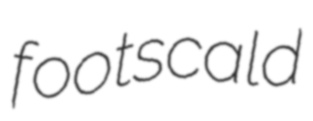
footscald